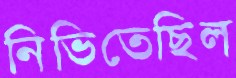
নিভিতেছিল